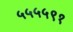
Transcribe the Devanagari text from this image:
५५५५९१